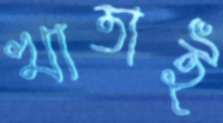
খাতাই